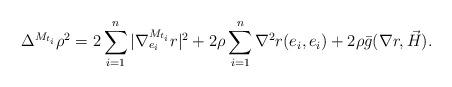
LaTeX: \begin{align*} \Delta^{M_{t_i}} \rho^2 = 2 \sum_{i=1}^n |\nabla_{e_i} ^{M_{t_i}} r |^2 + 2\rho \sum_{i=1}^n \nabla ^2 r(e_i, e_i) + 2\rho \bar g(\nabla r , \vec H).\end{align*}